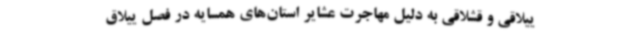
ییلاقی و قشلاقی به دلیل مهاجرت عشایر استان‌های همسایه در فصل ییلاق